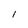
Character: I